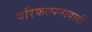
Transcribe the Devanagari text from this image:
परिकल्पनावादी